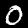
Digit: 0